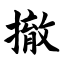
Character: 撤